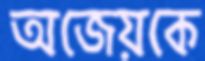
অজেয়কে